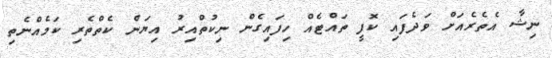
ނިޝާ އެތެރެއަށް ވަދެފައި ކޮފީ ތައްޓެއް ހިފައިގެން ނިކުތްއިރު އިޔަން ކެތްތެރި ކަމެއްނެތި